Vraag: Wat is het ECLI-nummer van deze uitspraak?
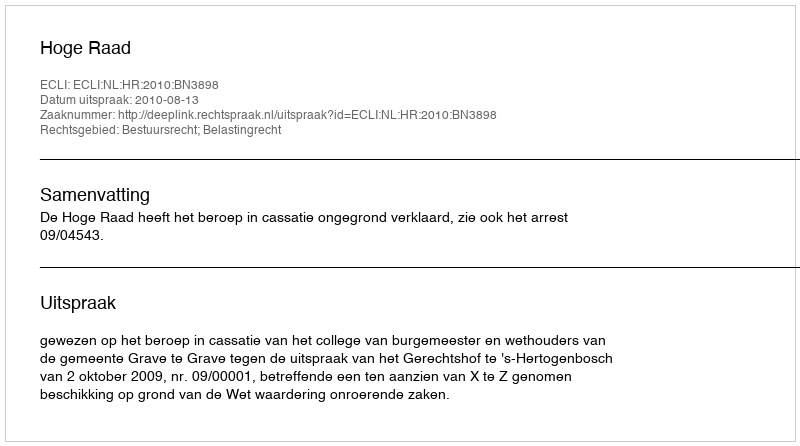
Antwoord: ECLI:NL:HR:2010:BN3898